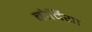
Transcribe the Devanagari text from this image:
बोर्दिया